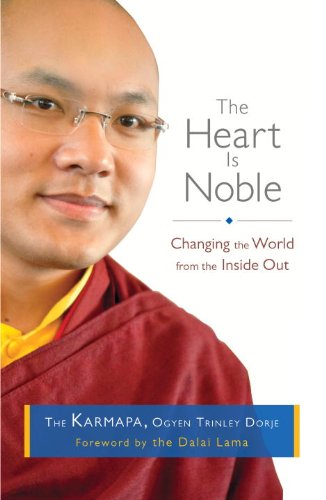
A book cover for The Heart Is Noble: Changing the World from the Inside Out; Ogyen Trinley Dorje Karmapa; Religion & Spirituality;